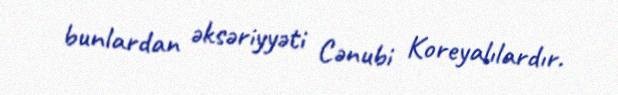
bunlardan əksəriyyəti Cənubi Koreyalılardır.